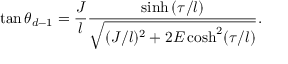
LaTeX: \tan \theta _ { d - 1 } = \frac { J } { l } \frac { \sinh { ( \tau / l ) } } { \sqrt { ( J / l ) ^ { 2 } + 2 E \cosh ^ { 2 } ( \tau / l ) } } .